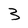
Character: 3